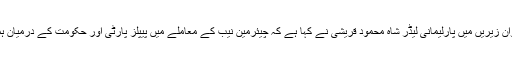
تحریک انصاف کے ایوان زیریں میں پارلیمانی لیڈر شاہ محمود قریشی نے کہا ہے کہ چیئرمین نیب کے معاملے میں پیپلز پارٹی اور حکومت کے درمیان ہمارا کوئی کردار نہیں ۔